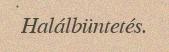
Halálbüntetés.